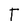
Character: T